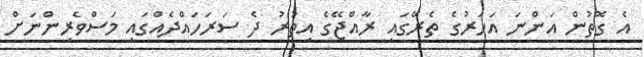
އެ ގޮތުން އަންނަ އަހަރުގެ ތެރޭގައި ރާއްޖޭގެ އިތުރު ދެ ސަރަހައްދެއްގައި މަސްވެރިންނަށް